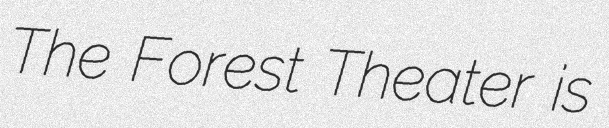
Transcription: The Forest Theater is